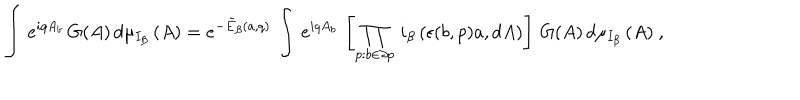
\left. \int \, e ^ { i q A _ { b } } \, G ( A ) \, d \mu _ { I _ { \beta } } \, ( A ) = e ^ { - \tilde { E } _ { \beta } ( a , q ) } \, \int \, e ^ { i q A _ { b } } \, \left[ \prod _ { p : b \in \partial p } \, i _ { \beta } \, ( \epsilon ( b , p ) a , d A ) \right] \, G ( A ) \, d \mu _ { I _ { \beta } } \, ( A ) \ , \right.